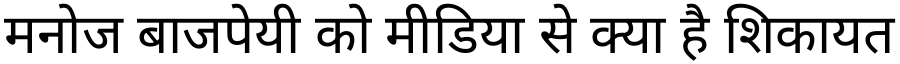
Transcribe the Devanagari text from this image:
मनोज बाजपेयी को मीडिया से क्या है शिकायत